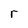
Character: r